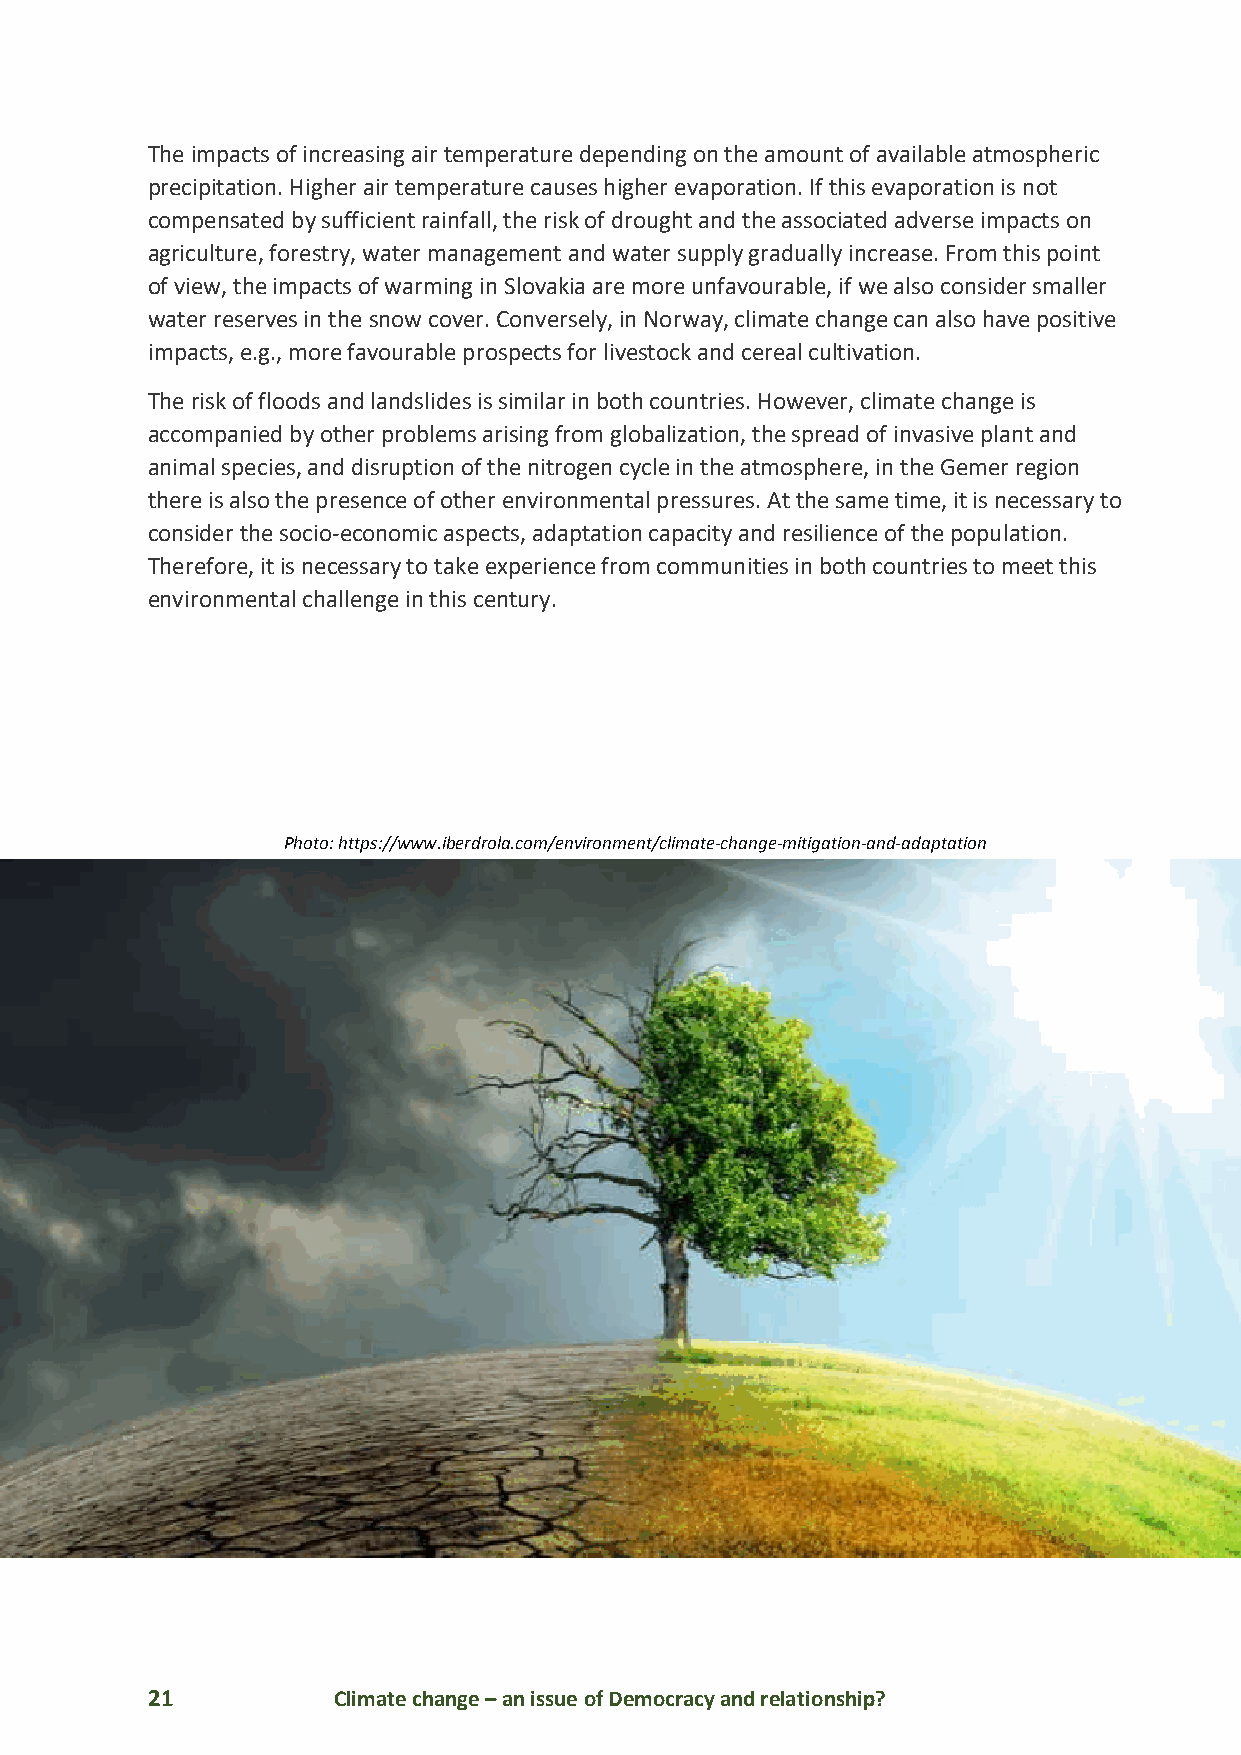
The impacts of increasing air temperature depending on the amount of available atmospheric
 precipitation. Higher air temperature causes higher evaporation. If this evaporation is not
 compensated by sufficient rainfall, the risk of drought and the associated adverse impacts on
 agriculture, forestry, water management and water supply gradually increase. From this point
 of view, the impacts of warming in Slovakia are more unfavourable, if we also consider smaller
 water reserves in the snow cover. Conversely, in Norway, climate change can also have positive
 impacts, e.g., more favourable prospects for livestock and cereal cultivation.
 The risk of floods and landslides is similar in both countries. However, climate change is
 accompanied by other problems arising from globalization, the spread of invasive plant and
 animal species, and disruption of the nitrogen cycle in the atmosphere, in the Gemer region
 there is also the presence of other environmental pressures. At the same time, it is necessary to
 consider the socio-economic aspects, adaptation capacity and resilience of the population.
 Therefore, it is necessary to take experience from communities in both countries to meet this
 environmental challenge in this century.
 Photo: https://www.iberdrola.com/environment/climate-change-mitigation-and-adaptation
 21          Climate change – an issue of Democracy and relationship?